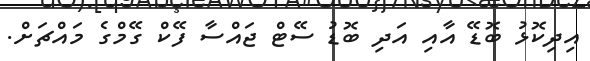
އިދިކޮޅު ބޮޑޭ އާއި އަދި ބޮޑު ސޭޓް ޖައްސާ ފޭކް ގޭމްގެ މައްޗަށް.